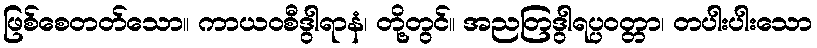
ဖြစ်စေတတ်သော။ ကာယဝစီဒွါရာနံ၊ တို့တွင်။ အညတြဒွါရပ္ပဝတ္တာ၊ တပါးပါးသော